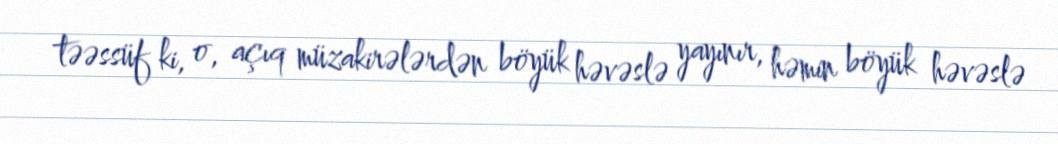
təəssüf ki, o, açıq müzakirələrdən böyük həvəslə yayınır, həmin böyük həvəslə